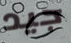
جيد